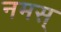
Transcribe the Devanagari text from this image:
नमस्